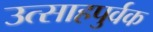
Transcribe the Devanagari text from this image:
उत्साहपुर्वक